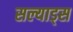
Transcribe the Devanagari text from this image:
सल्याड्स